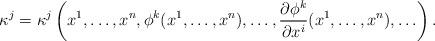
LaTeX: \begin{align*}\kappa^j=\kappa^j\left(x^1,\ldots,x^n,\phi^k(x^1,\ldots,x^n),\ldots,\frac{\partial\phi^k}{\partial x^i}(x^1,\ldots,x^n),\ldots \right).\end{align*}